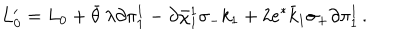
LaTeX: L _ { 0 } ^ { \prime } = L _ { 0 } + \bar { \theta } \, \lambda \partial \pi _ { 1 } ^ { 1 } - \partial \bar { \chi } _ { 1 } ^ { 1 } \sigma _ { - } k _ { 1 } + 2 e ^ { * } \bar { k } _ { 1 } \sigma _ { + } \partial \pi _ { 1 } ^ { 1 } \, .